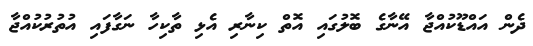
ދެން އައްޑޫކުއްޖާ އޭނާގެ ބޮލުގައި އޮތް ކިނާރި އެޅި ތާކިހާ ނަގާފައި އުތުރުކުއްޖާ